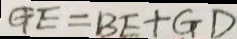
G E = B E + G D